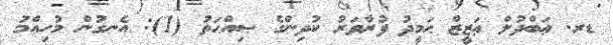
ޑރ. ޢަބްދުލް ޢަޒީޒް ޙަމީދު ފުރާވަރު ކުދިންގެ ޞިއްޙަތު (1): އެނގުން މުހިއްމު